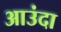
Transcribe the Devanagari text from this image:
आउंदा